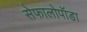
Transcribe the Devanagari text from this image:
सेफालोपॉडा